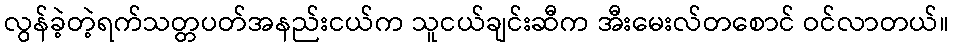
လွန်ခဲ့တဲ့ရက်သတ္တပတ်အနည်းငယ်က သူငယ်ချင်းဆီက အီးမေးလ်တစောင် ဝင်လာတယ်။